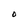
Character: O